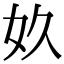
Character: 奺